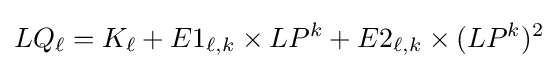
LQ_{\ell }=K_{\ell }+E1_{\ell ,k}\times LP^{k}+E2_{\ell ,k}\times (LP^{k})^{2}